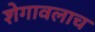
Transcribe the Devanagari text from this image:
शेगावलाच